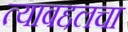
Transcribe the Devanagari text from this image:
त्याबद्दलचा